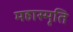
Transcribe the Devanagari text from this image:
महास्मृति